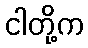
ငါတို့က